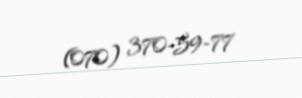
(070) 370-59-77